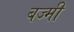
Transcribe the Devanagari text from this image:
बज्मी